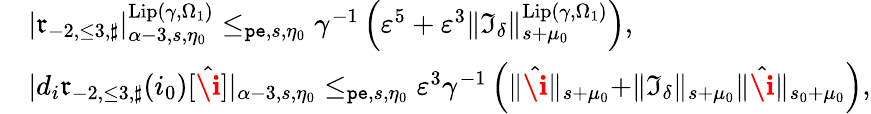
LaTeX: \begin{array}{rl}&{|\mathfrak{r}_{-2,\le 3,\sharp}|_{\alpha-3,s,\eta_{0}}^{\mathrm{Lip}(\gamma,\Omega_{1})}\le_{\mathtt{pe},s,\eta_{0}}\gamma^{-1}\left(\varepsilon^{5}+\varepsilon^{3}\rVert\mathfrak{I}_{\delta}\rVert_{s+\mu_{0}}^{\mathrm{Lip}(\gamma,\Omega_{1})}\right),}\\ &{|d_{i}\mathfrak{r}_{-2,\le 3,\sharp}(i_{0})[\hat{\textbf{\i}}]|_{\alpha-3,s,\eta_{0}}\le_{\mathtt{pe},s,\eta_{0}}\varepsilon^{3}\gamma^{-1}\left(\rVert\hat{\textbf{\i}}\rVert_{s+\mu_{0}}+\rVert\mathfrak{I}_{\delta}\rVert_{s+\mu_{0}}\rVert\hat{\textbf{\i}}\rVert_{s_{0}+\mu_{0}}\right),}\end{array}